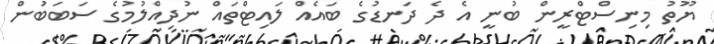
ޔޫތު މިނިސްޓްރީން ބުނީ އެ ދެ ދަނޑުގެ ބައެއް ލައިޓްތައް ނުދިއްލުމުގެ ސަބަބަުން